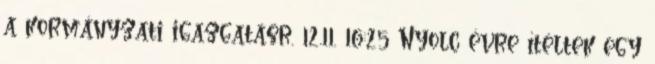
a kormányzati igazgatásr. 12.11. 16:25 Nyolc évre ítéltek egy